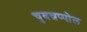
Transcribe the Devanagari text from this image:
चुवन्नप्पोल